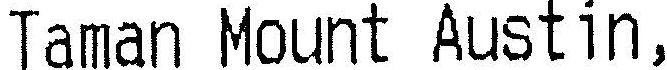
TAMAN MOUNT AUSTIN,